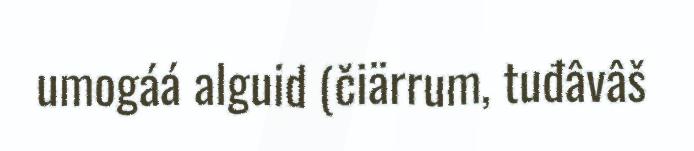
umogáá alguid (čiärrum, tuđâvâš